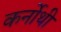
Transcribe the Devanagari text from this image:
कर्नोथी